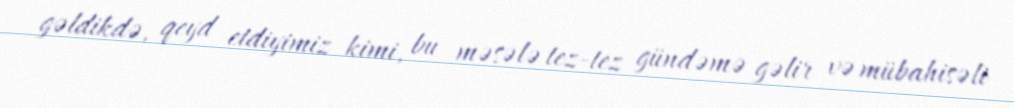
gəldikdə, qeyd etdiyimiz kimi, bu məsələ tez-tez gündəmə gəlir və mübahisəli